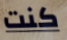
كنت